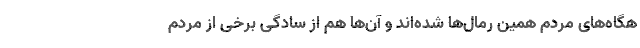
هگاه‌های مردم همین رمال‌ها شده‌اند و آن‌ها هم از سادگی برخی از مردم